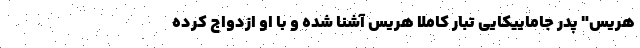
هریس" پدر جاماییکایی تبار کاملا هریس آشنا شده و با او ازدواج کرده